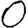
Digit: 0